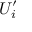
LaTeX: U _ { i } ^ { \prime }